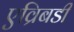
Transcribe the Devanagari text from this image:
एव्रिबडी